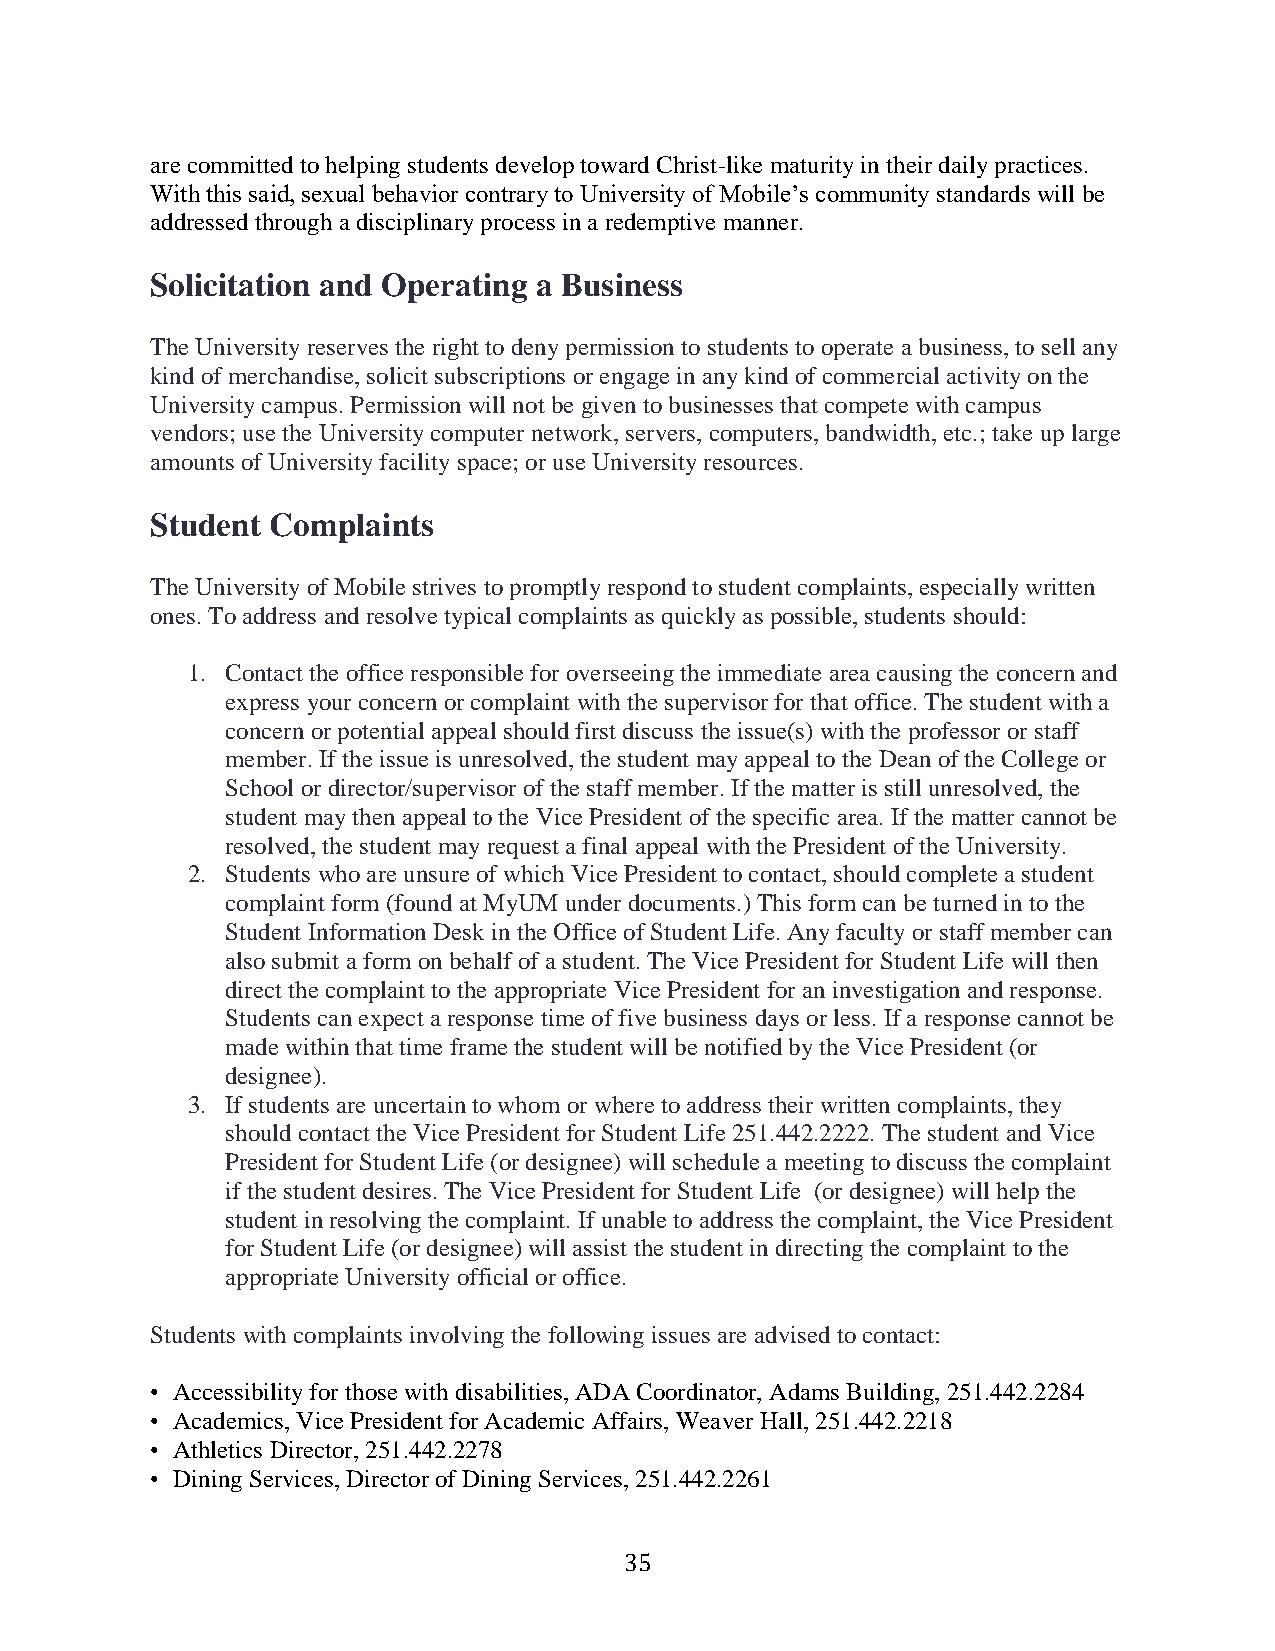
are committed to helping students develop toward Christ-like maturity in their daily practices.
 With this said, sexual behavior contrary to University of Mobile’s community standards will be
 addressed through a disciplinary process in a redemptive manner.
 Solicitation and Operating a Business
 The University reserves the right to deny permission to students to operate a business, to sell any
 kind of merchandise, solicit subscriptions or engage in any kind of commercial activity on the
 University campus. Permission will not be given to businesses that compete with campus
 vendors; use the University computer network, servers, computers, bandwidth, etc.; take up large
 amounts of University facility space; or use University resources.
 Student Complaints
 The University of Mobile strives to promptly respond to student complaints, especially written
 ones. To address and resolve typical complaints as quickly as possible, students should:
 1. Contact the office responsible for overseeing the immediate area causing the concern and
 express your concern or complaint with the supervisor for that office. The student with a
 concern or potential appeal should first discuss the issue(s) with the professor or staff
 member. If the issue is unresolved, the student may appeal to the Dean of the College or
 School or director/supervisor of the staff member. If the matter is still unresolved, the
 student may then appeal to the Vice President of the specific area. If the matter cannot be
 resolved, the student may request a final appeal with the President of the University.
 2. Students who are unsure of which Vice President to contact, should complete a student
 complaint form (found at MyUM under documents.) This form can be turned in to the
 Student Information Desk in the Office of Student Life. Any faculty or staff member can
 also submit a form on behalf of a student. The Vice President for Student Life will then
 direct the complaint to the appropriate Vice President for an investigation and response.
 Students can expect a response time of five business days or less. If a response cannot be
 made within that time frame the student will be notified by the Vice President (or
 designee).
 3. If students are uncertain to whom or where to address their written complaints, they
 should contact the Vice President for Student Life 251.442.2222. The student and Vice
 President for Student Life (or designee) will schedule a meeting to discuss the complaint
 if the student desires. The Vice President for Student Life (or designee) will help the
 student in resolving the complaint. If unable to address the complaint, the Vice President
 for Student Life (or designee) will assist the student in directing the complaint to the
 appropriate University official or office.
 Students with complaints involving the following issues are advised to contact:
 • Accessibility for those with disabilities, ADA Coordinator, Adams Building, 251.442.2284
 • Academics, Vice President for Academic Affairs, Weaver Hall, 251.442.2218
 • Athletics Director, 251.442.2278
 • Dining Services, Director of Dining Services, 251.442.2261
 35